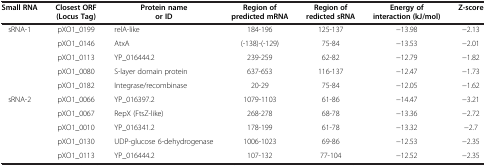
| Small RNA | Closest ORF (Locus Tag) | Protein name or ID | Region of predicted mRNA | Region of redicted sRNA | Energy of interaction (kJ/mol) | Z-score |
 | --- | --- | --- | --- | --- | --- | --- |
 | <ROWSPAN=5> sRNA-1 | pXO1_0199 | relA-like | 184-196 | 125-137 | −13.98 | −2.13 |
 | pXO1_0146 | AtxA | (-138)-(-129) | 75-84 | −13.53 | −2.01 |
 | pXO1_0113 | YP_016444.2 | 239-259 | 62-82 | −12.79 | −1.82 |
 | pXO1_0080 | S-layer domain protein | 637-653 | 116-137 | −12.47 | −1.73 |
 | pXO1_0182 | Integrase/recombinase | 20-29 | 75-84 | −12.05 | −1.62 |
 | <ROWSPAN=5> sRNA-2 | pXO1_0066 | YP_016397.2 | 1079-1103 | 61-86 | −14.47 | −3.21 |
 | pXO1_0067 | RepX (FtsZ-like) | 268-278 | 68-78 | −13.36 | −2.72 |
 | pXO1_0010 | YP_016341.2 | 178-199 | 61-78 | −13.32 | −2.7 |
 | pXO1_0130 | UDP-glucose 6-dehydrogenase | 1006-1023 | 69-86 | −12.53 | −2.35 |
 | pXO1_0113 | YP_016444.2 | 107-132 | 77-104 | −12.52 | −2.35 |